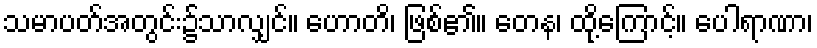
သမာပတ်အတွင်း၌သာလျှင်။ ဟောတိ၊ ဖြစ်၏။ တေန၊ ထို့ကြောင့်။ ပေါရာဏာ၊